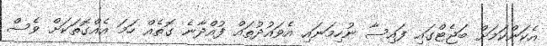
އެކަންކަމަށް ބަޖެޓްގައި ފައިސާ ނުހިމަނައި އެވައުދުތައް ފުއްދާނެ ގޮތެއް ހަމަ އެއްގޮތަކަށް ވެސް